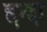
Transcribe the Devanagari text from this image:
द्दन्द्दा